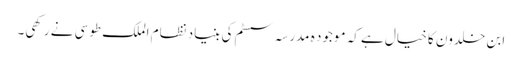
ابن خلدون کا خیال ہے کہ موجود ہ مدرسہ سسٹم کی بنیاد نظام الملک طوسی نے رکھی۔